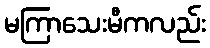
မကြာသေးမီကလည်း